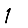
Digit: 1